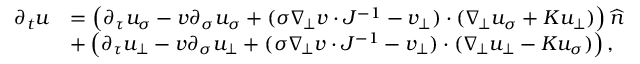
\begin{array} { r l } { \partial _ { t } u } & { = \left( \partial _ { \tau } u _ { \sigma } - v \partial _ { \sigma } u _ { \sigma } + ( \sigma \nabla _ { \! \bot } v \cdot J ^ { - 1 } - v _ { \bot } ) \cdot ( \nabla _ { \! \bot } u _ { \sigma } + K u _ { \bot } ) \right) \widehat { n } } \\ & { + \left( \partial _ { \tau } u _ { \bot } - v \partial _ { \sigma } u _ { \bot } + ( \sigma \nabla _ { \! \bot } v \cdot J ^ { - 1 } - v _ { \bot } ) \cdot ( \nabla _ { \! \bot } u _ { \bot } - K u _ { \sigma } ) \right) , } \end{array}